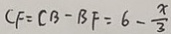
C F = C B - B F = 6 - \frac { x } { 3 }